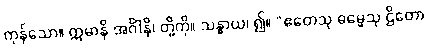
ကုန်သော။ ဣမာနိ အင်္ဂါနိ၊ တို့ကို။ သန္ဓာယ၊ ၍။ “ဧတေသု ဓမ္မေသု ဌိတော